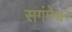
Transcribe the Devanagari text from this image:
सगंमेश्वर